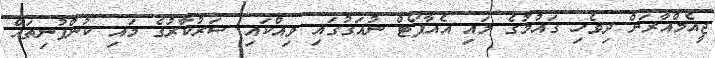
ޖީއެމްއާރަށް ދިވެހި ގައުމުގެ މައި އެއާޕޯޓް ނުއަގުގައި ވިއްކައި ސަރުކާރުގެ މައި ކުންފުނިތައް